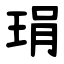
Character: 琄